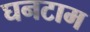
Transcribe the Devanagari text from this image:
घनटाम